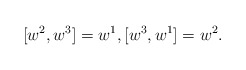
\begin{align*} [w^2,w^3]=w^1, [w^3,w^1]=w^2.\end{align*}